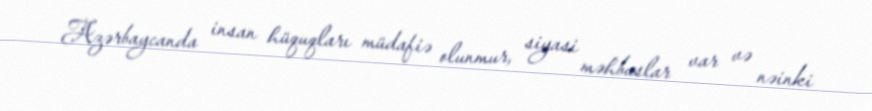
Azərbaycanda insan hüquqları müdafiə olunmur, siyasi məhbuslar var və nəinki